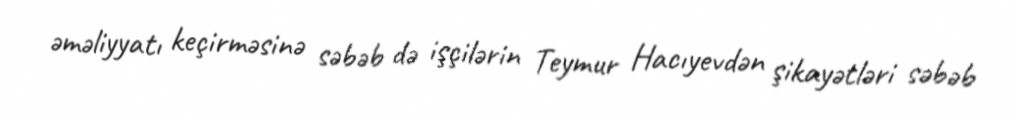
əməliyyatı keçirməsinə səbəb də işçilərin Teymur Hacıyevdən şikayətləri səbəb